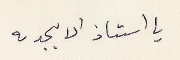
يا أستاذ الابجدية